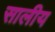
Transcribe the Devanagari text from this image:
सालीय